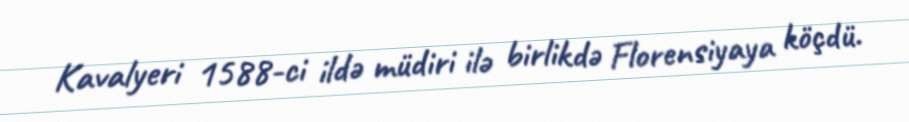
Kavalyeri 1588-ci ildə müdiri ilə birlikdə Florensiyaya köçdü.